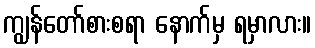
ကျွန်တော်စားစရာ နောက်မှ ရမှာလား။